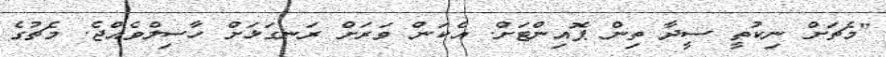
"މެޗަށް ނިކުތީ ސީދާ ތިން ޕޮއިންޓަށް. އެކަން ވަރަށް ރަނގަޅަށް ހާސިލްވެއްޖެ. މެޗުގެ